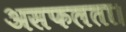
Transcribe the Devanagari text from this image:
असफलता।